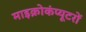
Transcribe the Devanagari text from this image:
माइक्रोकंप्यूटरों